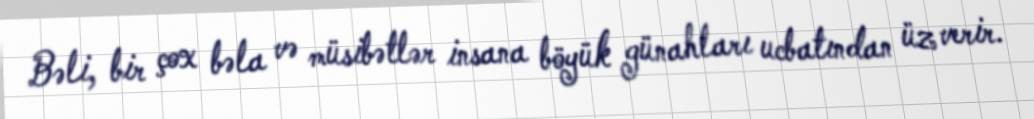
Bəli, bir çox bəla və müsibətlər insana böyük günahları ucbatından üz verir.